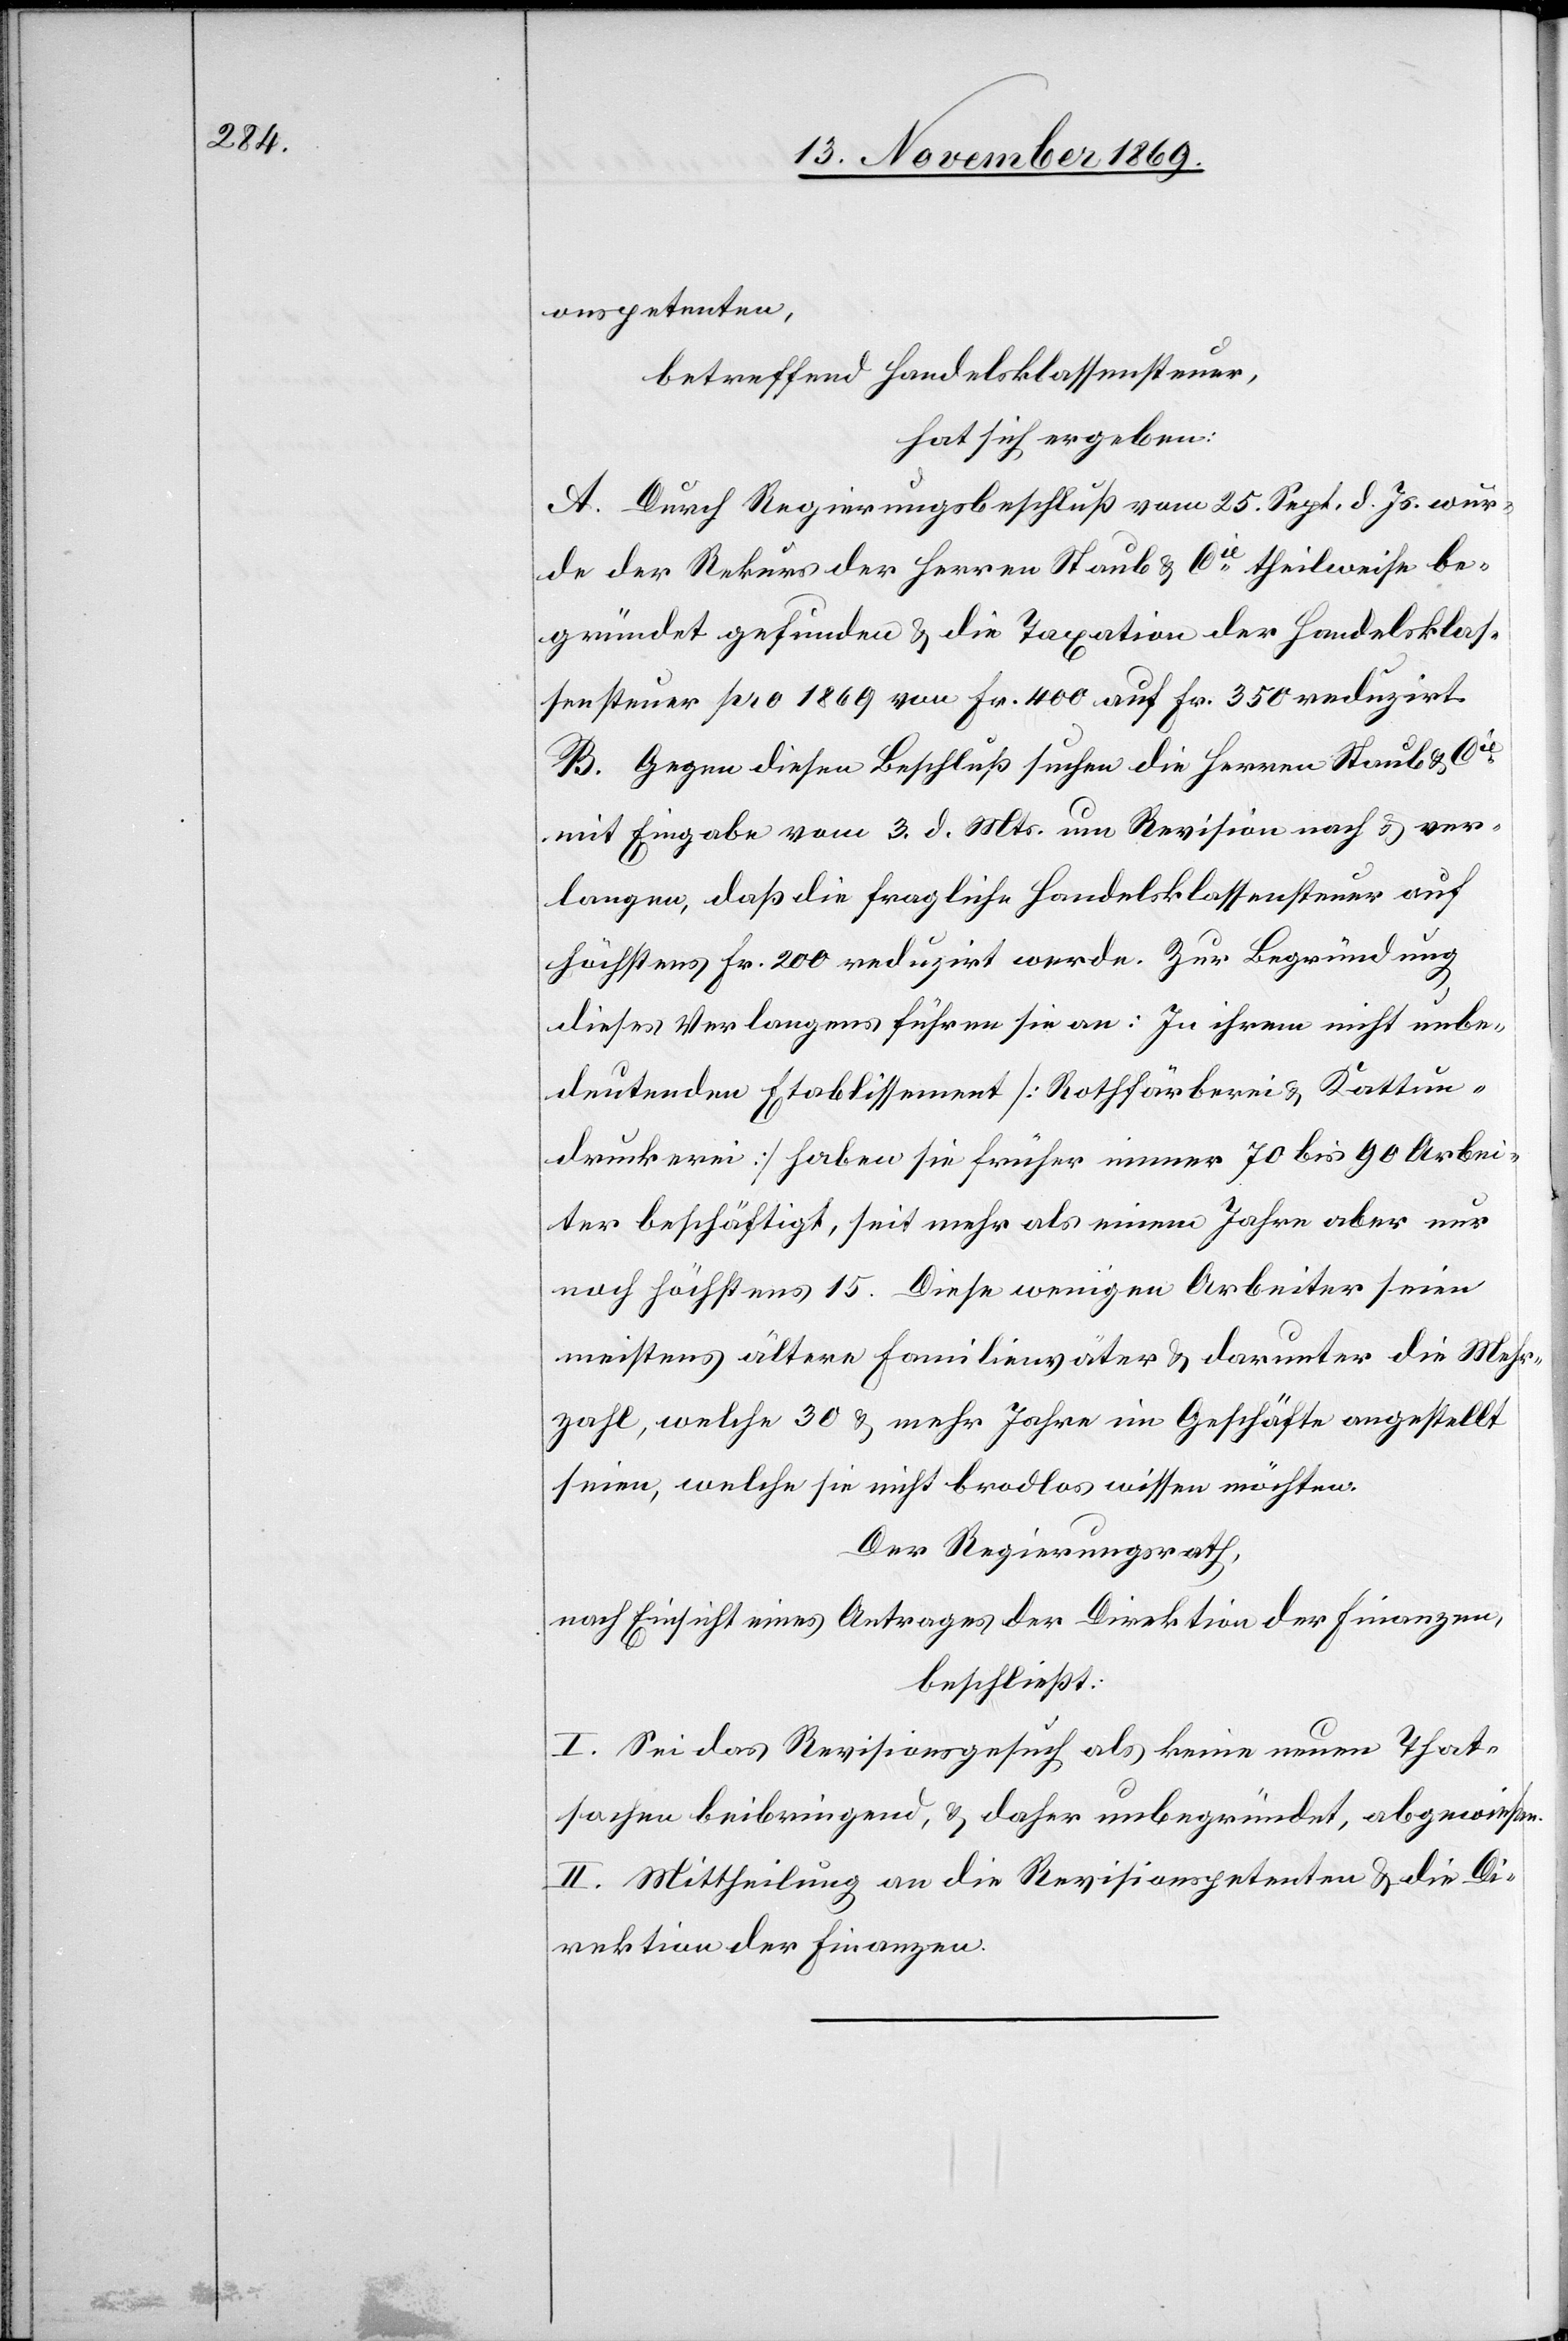
onspetenten,
betreffend Handelsklassensteuer,
hat sich ergeben:
A. Durch Regierungsbeschluß vom 25. Sept. d. Js. wur¬
de der Rekurs der Herren Staub & Cie theilweise be¬
gründet gefunden & die Taxation der Handelsklas¬
sensteuer pro 1869 von Fr. 400 auf Fr. 350 reduzirt.
B. Gegen diesen Beschluß suchen die Herren Staub & Cie
mit Eingabe vom 3. d. Mts. um Revision nach & ver¬
langen, daß die fragliche Handelsklassensteuer auf
höchstens Fr. 200 reduzirt werde. Zur Begründung
dieses Verlangens führen sie an: In ihrem nicht unbe¬
deutenden Etablissement [Rothfärberei & Kattun¬
druckerei] haben sie früher immer 70 bis 90 Arbei¬
ter beschäftigt, seit mehr als einem Jahre aber nur
noch höchstens 15. Diese wenigen Arbeiter seien
meistens ältere Familienväter & darunter die Mehr¬
zahl, welche 30 & mehr Jahre im Geschäfte angestellt
seien, welche sie nicht brodlos wissen möchten.
Der Regierungsrath,
nach Einsicht eines Antrages der Direktion der Finanzen,
beschließt:
I. Sei das Revisionsgesuch als keine neuen That¬
sachen beibringend, & daher unbegründet, abgewiesen.
II. Mittheilung an die Revisionspetenten & die Di¬
rektion der Finanzen.